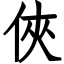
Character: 俠